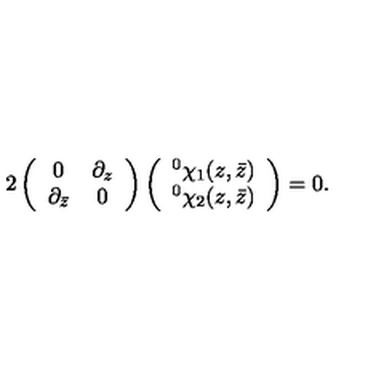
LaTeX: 2 \left( \begin{array} { c c } { 0 } & { \partial _ { z } } \\ { \partial _ { \bar { z } } } & { 0 } \\ \end{array} \right) \left( \begin{array} { c } { ^ { 0 } \chi _ { 1 } ( z , \bar { z } ) } \\ { ^ { 0 } \chi _ { 2 } ( z , \bar { z } ) } \\ \end{array} \right) = 0 .